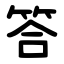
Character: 答